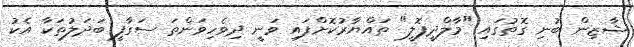
ޝާޒިން ބުނި ގޮތުގައި "މާލްދީޕޮލީ" ތައްޔާރުކޮށްފައި ވަނީ ދިވެހިވަންތަ ސަގާފީ ބަދަލުތަކާ އެކު